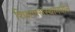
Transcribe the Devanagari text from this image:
शिक्षणसंस्थांमधील